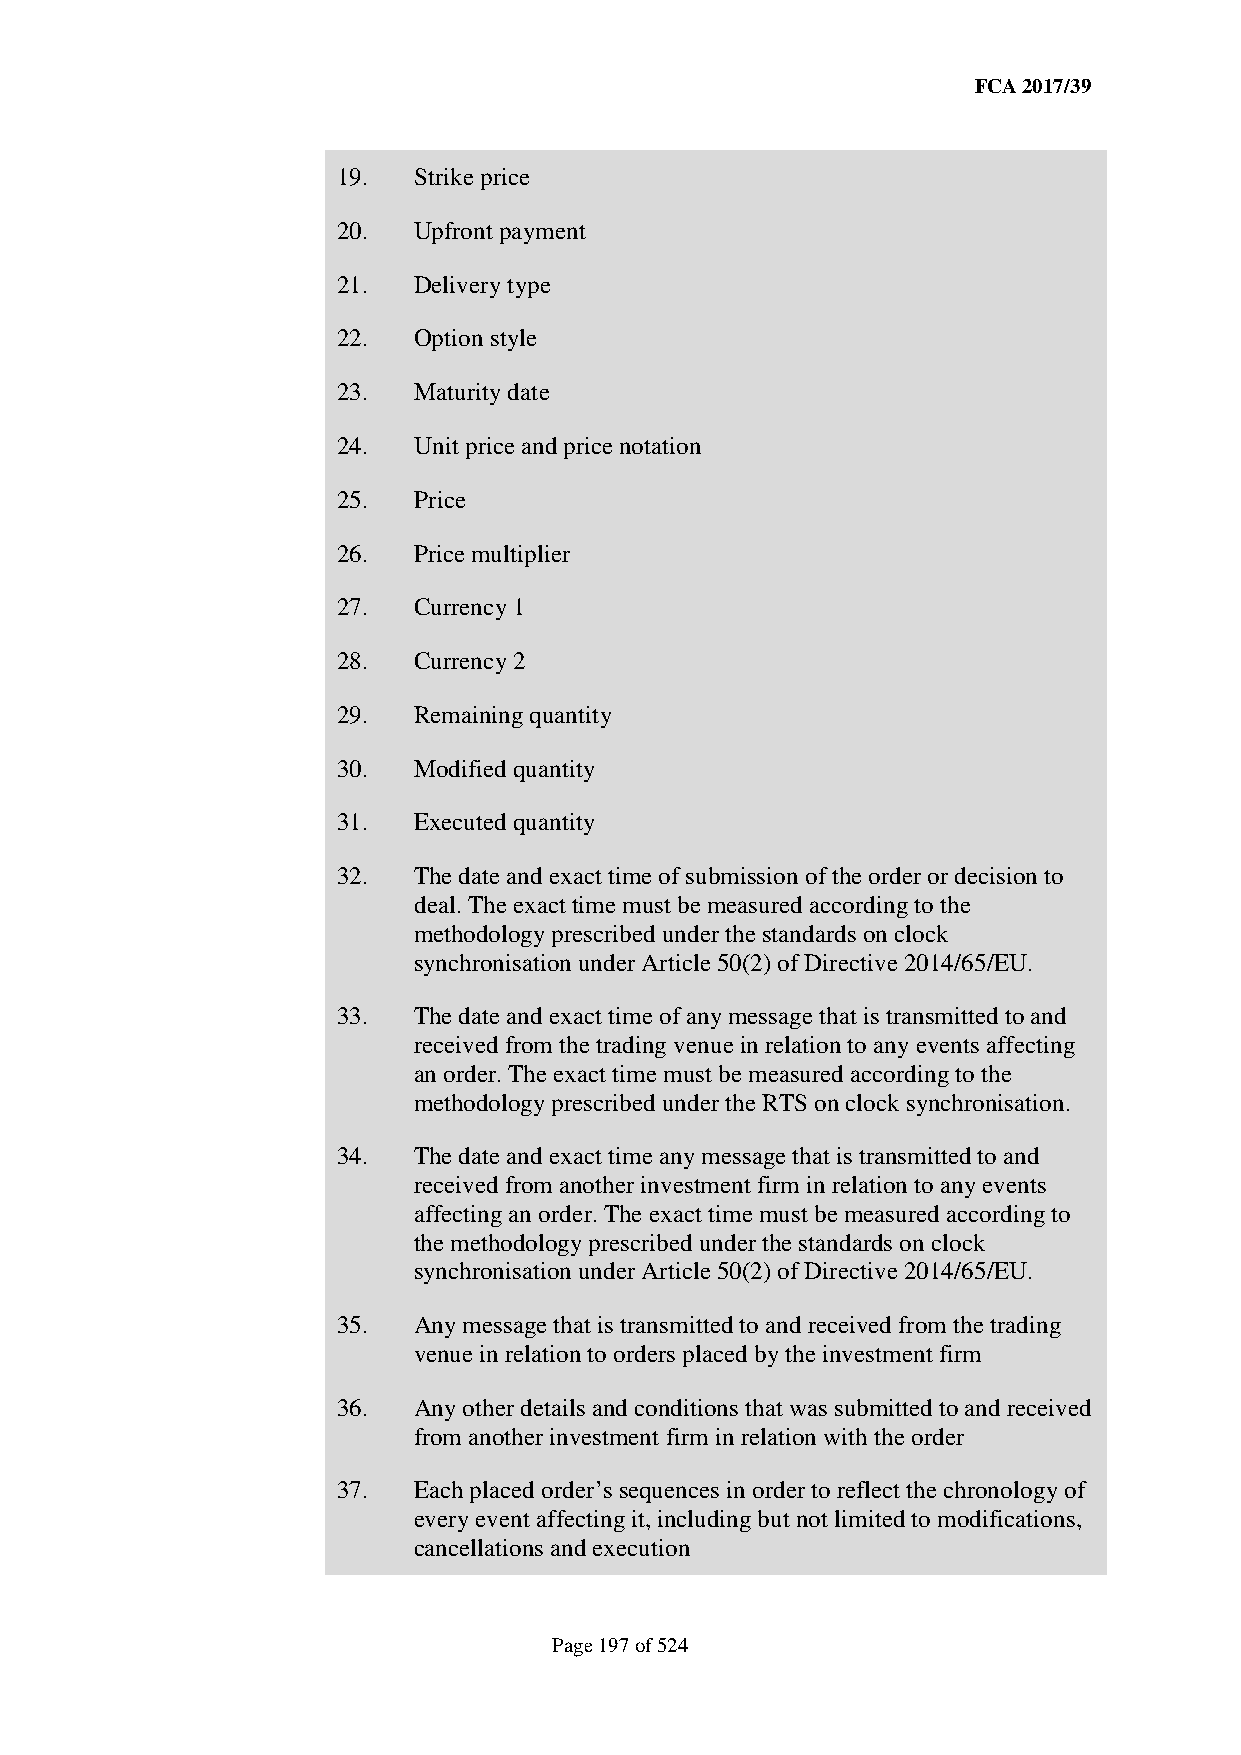
FCA 2017/39
 19.  Strike price
 20.  Upfront payment
 21.  Delivery type
 22.  Option style
 23.  Maturity date
 24.  Unit price and price notation
 25.  Price
 26.  Price multiplier
 27.  Currency 1
 28.  Currency 2
 29.  Remaining quantity
 30.  Modified quantity
 31.  Executed quantity
 32.  The date and exact time of submission of the order or decision to
 deal. The exact time must be measured according to the
 methodology prescribed under the standards on clock
 synchronisation under Article 50(2) of Directive 2014/65/EU.
 33.  The date and exact time of any message that is transmitted to and
 received from the trading venue in relation to any events affecting
 an order. The exact time must be measured according to the
 methodology prescribed under the RTS on clock synchronisation.
 34.  The date and exact time any message that is transmitted to and
 received from another investment firm in relation to any events
 affecting an order. The exact time must be measured according to
 the methodology prescribed under the standards on clock
 synchronisation under Article 50(2) of Directive 2014/65/EU.
 35.  Any message that is transmitted to and received from the trading
 venue in relation to orders placed by the investment firm
 36.  Any other details and conditions that was submitted to and received
 from another investment firm in relation with the order
 37.  Each placed order’s sequences in order to reflect the chronology of
 every event affecting it, including but not limited to modifications,
 cancellations and execution
 Page 197 of 524